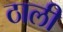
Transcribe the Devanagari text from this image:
ठाली